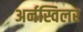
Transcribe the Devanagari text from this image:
अर्नस्विलर